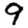
Digit: 9